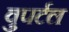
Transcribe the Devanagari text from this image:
वुपर्टल